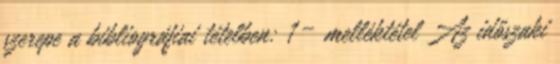
szerepe a bibliográfiai tételben: 1 – melléktétel Az időszaki